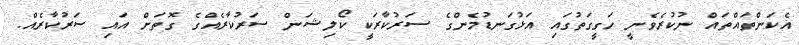
އެކަންތައްތައް ނުކުރެވެނީ ހަގީގަތުގައި އަޅުގަނޑުމެންގެ ސަރުކާރަކީ ކޯލިޝަން ސަރުކާރެއްގެ ގޮތަށް އައި ސަރުކާރެއް.